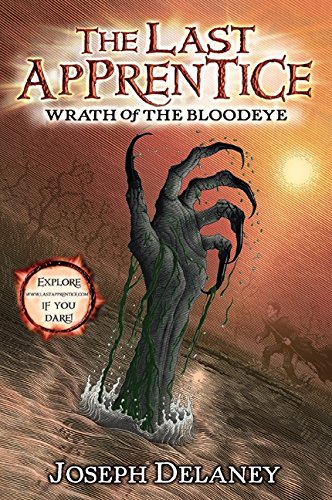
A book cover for Wrath of the Bloodeye (The Last Apprentice #5); Joseph Delaney; Teen & Young Adult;